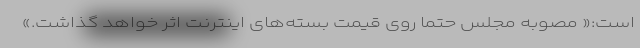
است:« مصوبه مجلس حتما روی قیمت بسته‌های اینترنت اثر خواهد گذاشت.»